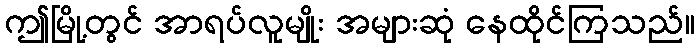
ဤမြို့တွင် အာရပ်လူမျိုး အများဆုံ နေထိုင်ကြသည်။